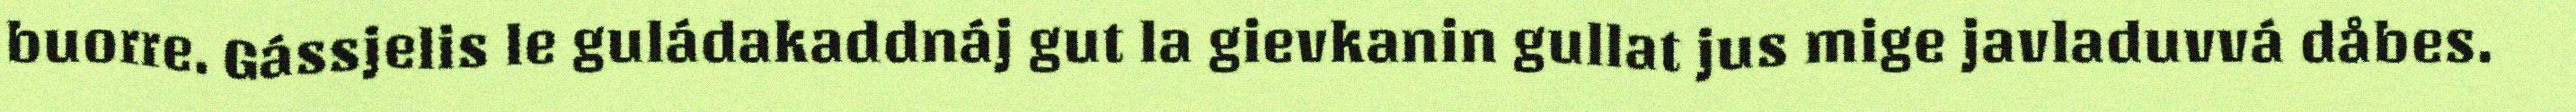
buorre. Gássjelis le guládakaddnáj gut la gievkanin gullat jus mige javladuvvá dåbes.